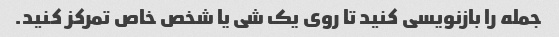
جمله را بازنویسی کنید تا روی یک شی یا شخص خاص تمرکز کنید.